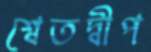
শ্বেতদ্বীপ